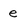
Character: e